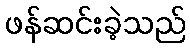
ဖန်ဆင်းခဲ့သည်